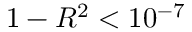
1 - R ^ { 2 } < 1 0 ^ { - 7 }